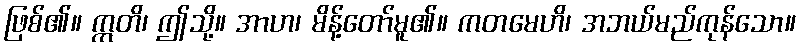
ဖြစ်၏။ ဣတိ၊ ဤသို့။ အာဟ၊ မိန့်တော်မူ၏။ ကတမေဟိ၊ အဘယ်မည်ကုန်သော။